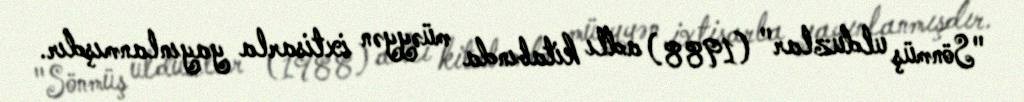
"Sönmüş ulduzlar" (1988) adlı kitabında müəyyən ixtisarla yayınlanmışdır.